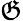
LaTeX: \mathfrak{G}